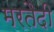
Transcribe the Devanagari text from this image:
मरतैदी